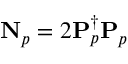
\mathbf { N } _ { p } = 2 \mathbf { P } _ { p } ^ { \dagger } \mathbf { P } _ { p }